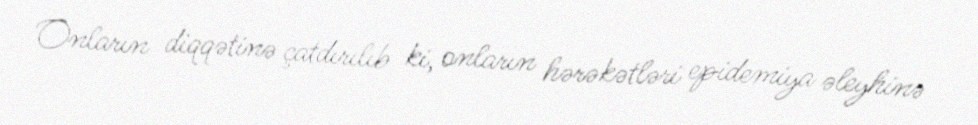
Onların diqqətinə çatdırılıb ki, onların hərəkətləri epidemiya əleyhinə